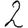
Digit: 2